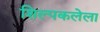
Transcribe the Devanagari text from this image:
शिल्पकलेला